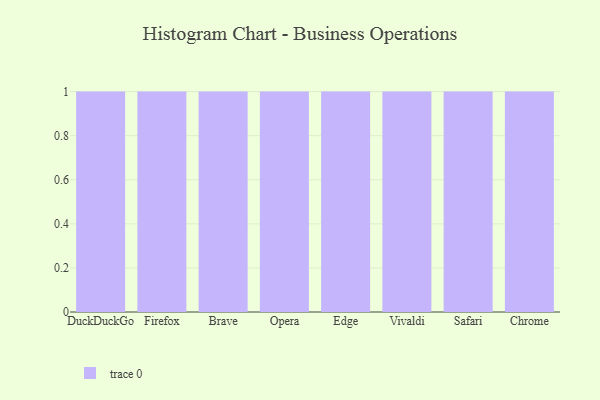
{"axis": {"x": "Browser", "y": "Operating Costs (USD K)"}, "legend": [""], "data": [{"x": "DuckDuckGo", "y": 92, "type": ""}, {"x": "Firefox", "y": 4, "type": ""}, {"x": "Brave", "y": 7, "type": ""}, {"x": "Opera", "y": 25, "type": ""}, {"x": "Edge", "y": 84, "type": ""}, {"x": "Vivaldi", "y": 70, "type": ""}, {"x": "Safari", "y": 74, "type": ""}, {"x": "Chrome", "y": 29, "type": ""}]}